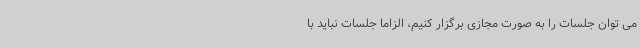
می توان جلسات را به صورت مجازی برگزار کنیم، الزاما جلسات نباید با